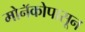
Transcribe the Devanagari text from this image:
मोनॅकोपासून